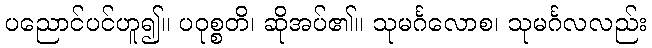
ပညောင်ပင်ဟူ၍။ ပဝုစ္စတိ၊ ဆိုအပ်၏။ သုမင်္ဂလောစ၊ သုမင်္ဂလလည်း